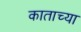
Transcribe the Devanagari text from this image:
काताच्या